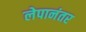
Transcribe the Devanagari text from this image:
लेपानंतर